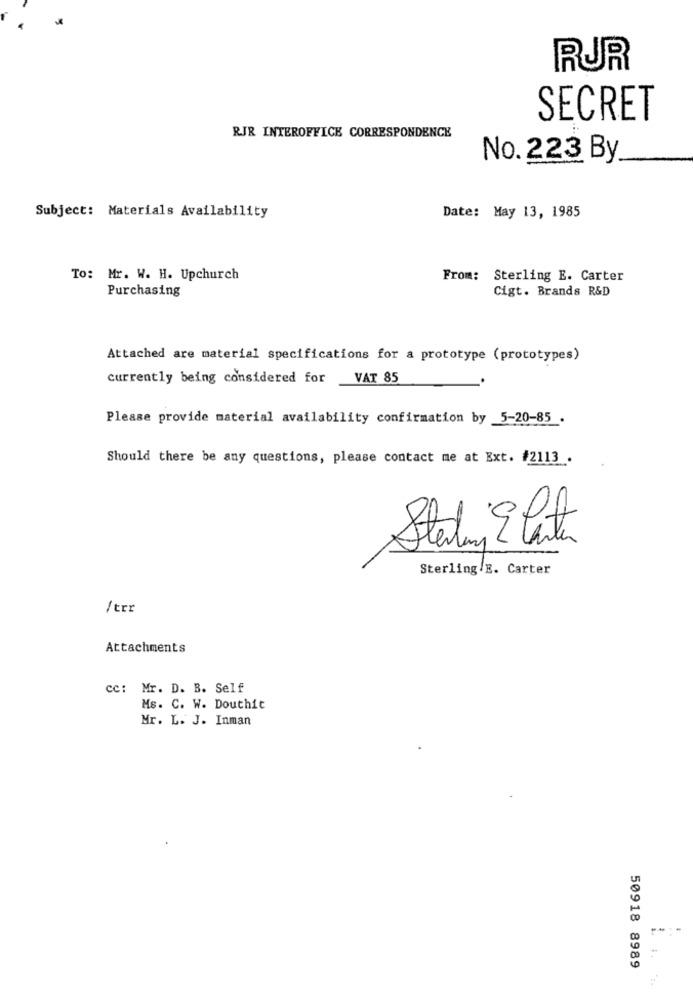
RUR
SECRET
RJR INTEROFFICE CORRESPONDENCE
No. 223 By
Subject: Materials Availability
Date: May 13, 1985
To: Mr. W. H. Upchurch
From: Sterling E. Carter
Purchasing
Cigt. Brands R&D
Attached are material specifications for a prototype (prototypes)
currently being considered for
VAT 85
Please provide material availability confirmation by 5-20-85 .
Should there be any questions, please contact me at Ext. #2113 .
Starting E Center
Sterling E. Carter
/trr
Attachments
cc: Mr. D. B. Self
Ms. C. W. Douthit
Mr. L. J. Inman
-
50918 8989